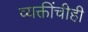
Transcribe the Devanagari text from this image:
व्यक्तींचीही